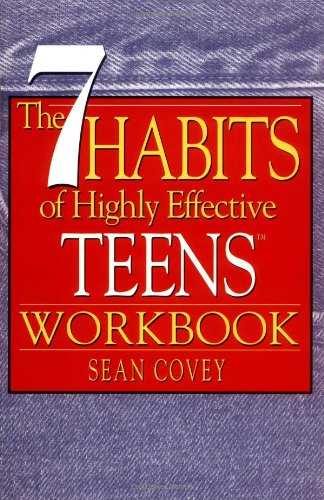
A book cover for The 7 Habits of Highly Effective Teens Workbook; Sean Covey; Teen & Young Adult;